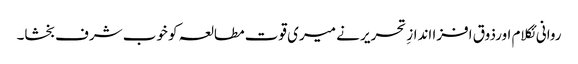
روانی ئکلام اورذوق افزا اندازِ تحریر نے میری قوت مطالعہ کو خوب شرف بخشا۔